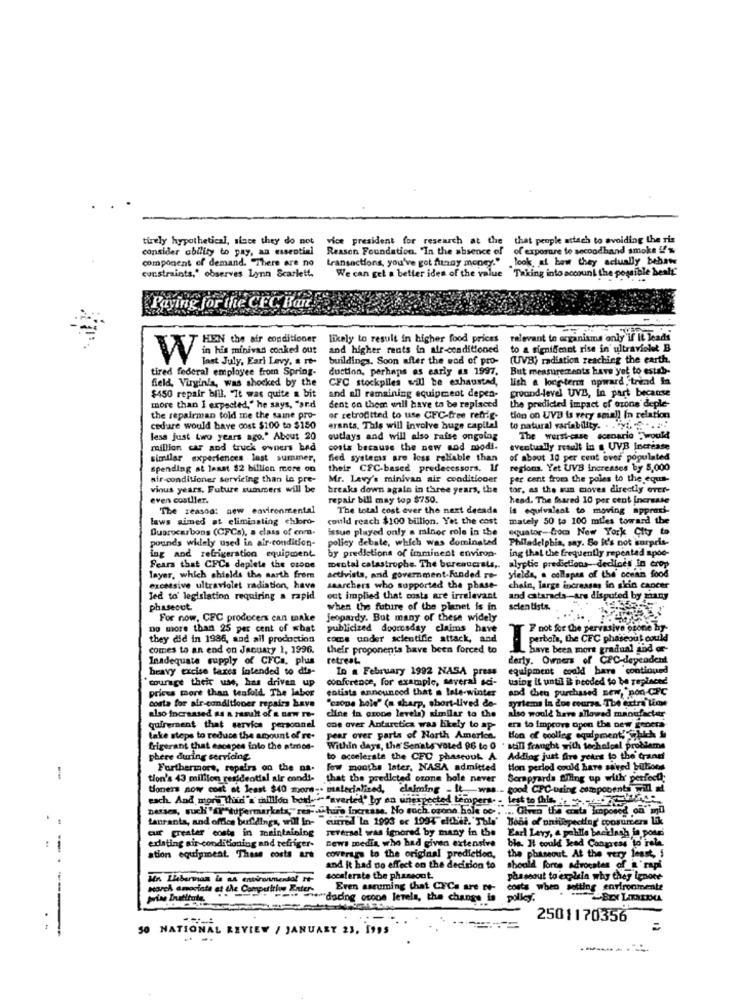
tively hypothetical, since they do not
vice president for research at the that people attach to avoiding the ris
consider ability to pay, an essential
Reason Foundation. "In the absence of
of exposure to secondhand smoke !!
component of demand. There are no
transactions, you've got funny money." look, af baw they actually bebawe
We can get a better idea of the value Taking into account the possible healt'
constraints," observes Lynn Scarlett
Paying for the CEC Bo
HEN the air conditioner
likely to result in higher food prices
relevant to organisms only if it leads
and higher rents in air-conditioned
to a significant rise in ultraviolet B
Vin his minivas conked out
last July, Fari Levy, a re-
buildings. Soon after the wod of pro-
(UVB) radiation reaching the earth.
tired federal employee from Spring-
duction, perhaps as early as 1997. But measurements have yet to estab-
field, Virginia, was shocked by the
CFC stockpiles will be exhausted,
lish a long-term upward trend In
and all remaining equipment depen- ground-level UVB, In part because
$450 repair bill. "It was quite a bit
and all remaining equipment depen-
more than I expected," he says, "ard
dent on them will have to be replaced
the predicted impact of ozone deple-
the repairman told me the same pro-
or retrofitted to use CFC-free refrig-
tion on UVB is very small In relation
cedare would bave cost $100 to $150
erants. This will involve huge capital
to natural variability. . .... .....
less just two years ago." About 20
outlays and will also raise ongoing
The worstcase scenario :would
million car and truck owners bed
costs because the new sod modi.
eventually result in a UVB increase
similar experiences last summer,
filed systemss are less reliable than
of about 10 per cent over populated
spending at least $2 billion more on
their CFC-based predecessors. If
regions. Yet UVB increases by 5,000
air conditioner servicing than Le pre-
Mr. Levy's minivan air conditioner
per cent from the poles to the eque-
vious years, Future summers will be
breaks down again in three years, the
tor, as the sun mioves directly over-
even costller.
repair bill may top $750.
head. The Shared 10 per cent Increase
The seasod: new environmental
The total cost over the next decade
is equivalent to moving appredi-
laws aimed at eliminating chloro-
could reach $100 billion. Yet the cost
mately 50 ta 100 miles toward the
Duarocarbons (CFCs), a class of com.
issue played only a minor role in the
equator-troca New York City to
pounds widely used in air-condition-
policy debate, which was dominated
Philadelphia, say. So it's not surpris-
by predictions of imminent environ-
ing that the frequently repented apoe-
ing and refrigeration equipment
mental catastrophe. The bureaucrats ,.
Fears that CFCs deplete the czone
yields, a collapes of the' ocean food
alyptic predictions-decines in crop
layer, which shields the sarth from
activists, and government-Funded re-
excessive ultraviolet radiation, have
searchers who supported the phase-
chain, large increases in skin cancer
Jed to' legislation requiring a rapid
out implied that costs are irrelevant
and citaradis-are disputed by many
phaseout.
when the future of the planet is in
scientists.
For now, CFC producers can make
Jeopardy. But many of these widely
no more than 25 per cent of what
publicized doomsday claims have
F not for the pervasive ozone by
they did in 1986, and all production
come under scientific attack, and
perbola, the CFC phaseout could
comes to an end on January 1, 1996.
their proponents have been forced to
have been more gradual and or-
Inadequate supply of CFCs, plus
retreat
derly. Ovners of CPC-dependent
bravy excise taxes intended to dis-
In a February 1992 NASA press
equipment could bare continued
`courage their use, has driven up
conference, for example, several sci-
using it unti il proded to be replaced
prices more than tenfold. The labor
entists announced that a lale-winter
and chen purchased new, "non-CPC
costa for air-conditioner repairs have
syriens in dos coursa. The extra Lime
"czone hole" (a sharp, short-lived de-
also increased as a result of a new ro-
dine in czone levels) similar to the
also would have allowed manufactur
quirement that service personnel
one over Antarctica was likely to ap-
era to improve open the new genera
take steps to reduce the amount of re-
pear over parts of North America. ton of cooling equipment, "hich &
ton of cooling equipment, which &
frigerant that escapes into the atroos-
Within days, the Senats voted 96 to 0 . will fraught with technical problems
phere during servicing
to accelerate the CFC phaseout A Adding just five years to the tranet
Adding just five years to the trans
Furthermore, repairs on the na.
few months later, NASA admitted
Hon perlod could have saved billions
-
tion's 43 million residential air condi-
that the predicted ozone hole never
Serapyards ming up with perfect;
toners now cost at least $40 moore -- materialized, claiming - It was .- good CFC-using components will af
each. And mor" This"a million box- "averted" by on ungrpected tempers. - test to this ... ed-
netses, such "fr"supermarkets;res -. "huire increase. No such. czone bole oc- . " ... Given the cita hiposed on"ml
tanranta, and offles buildings, will In- curred 'In 1993 or 1994 elfbit. "This'
Boni of unsuspecting moosurter Lik
cur greater costs in maintaining
reversel was ignored by many in the Earl Levy, a pehille backlash in poar'
existing air conditioning and refriger-
news media, who had given extensive
ble. It could lead Congress to rale.
ation equipment. These costs are
coverage to the original prediction,
the phaseout At the very least, 5
and it had no effect on the decision to
should force advocates of a'rapi
Min Liberna is na environmental +
scouterste the phaseout.
phaseout to explain why they ignore
Eren assuming that CYCa are ce-
costs when setting environmente
*** dading ocons levels, the change is polley.
-----
2501170356
50 NATIONAL REVIEW / JANUARY 23. 1995
---